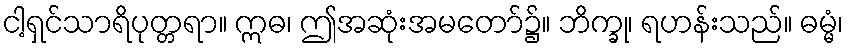
ငါ့ရှင်သာရိပုတ္တရာ။ ဣဓ၊ ဤအဆုံးအမတော်၌။ ဘိက္ခု၊ ရဟန်းသည်။ ဓမ္မံ၊